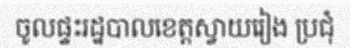
ចូលផ្ទះរដ្ឋបាលខេត្តស្វាយរៀង ប្រជុំ